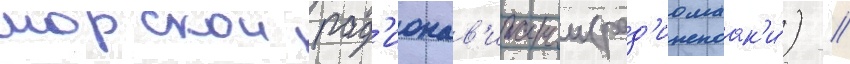
морскои рад'ионав'игации (рад'иомаак'и́) //